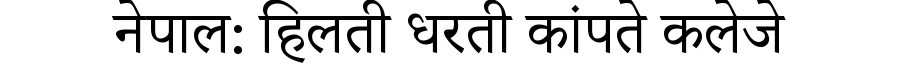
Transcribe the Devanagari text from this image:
नेपाल: हिलती धरती कांपते कलेजे